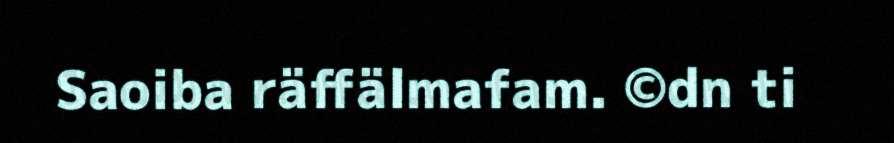
Saoiba räffälmafam. ©dn ti